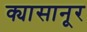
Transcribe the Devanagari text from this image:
क्यासानूर